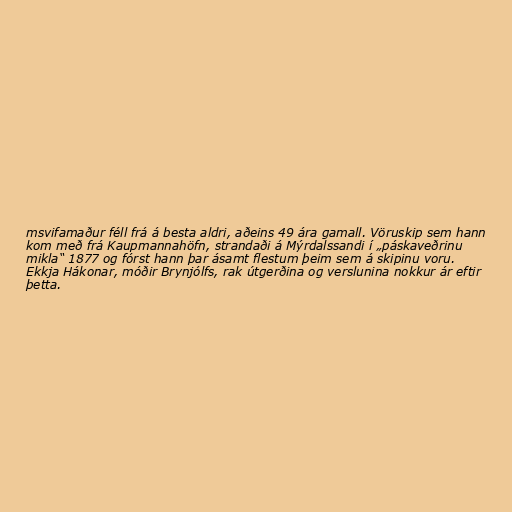
msvifamaður féll frá á besta aldri, aðeins 49 ára gamall. Vöruskip sem hann
kom með frá Kaupmannahöfn, strandaði á Mýrdalssandi í „páskaveðrinu
mikla“ 1877 og fórst hann þar ásamt flestum þeim sem á skipinu voru.
Ekkja Hákonar, móðir Brynjólfs, rak útgerðina og verslunina nokkur ár eftir
þetta.